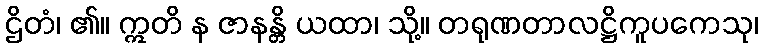
ဌိတံ၊ ၏။ ဣတိ န ဇာနန္တိ ယထာ၊ သို့။ တရုဏတာလဋ္ဌိကူပကေသု၊